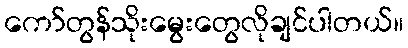
ကော်တွန်သိုးမွေးတွေလိုချင်ပါတယ်။